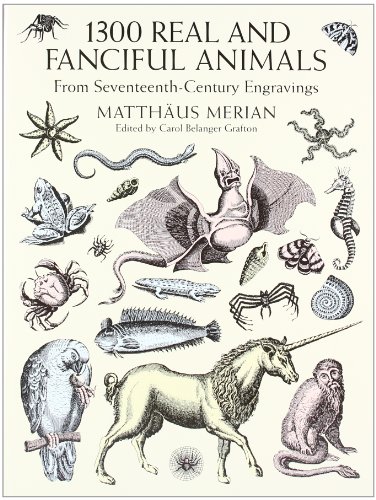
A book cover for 1300 Real and Fanciful Animals from Seventeenth-Century Engravings (Dover Pictorial Archive); MatthÃ¤us Merian (the Younger); Arts & Photography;